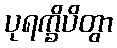
ပုရက္ခိပိတွာ